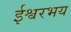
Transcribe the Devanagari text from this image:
ईश्वरभय